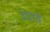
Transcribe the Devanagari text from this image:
उघाडे